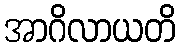
အာဂိလာယတိ